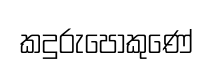
කදුරුපොකුණේ